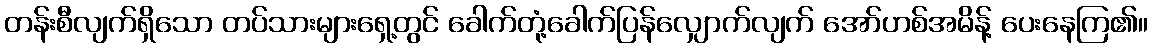
တန်းစီလျက်ရှိသော တပ်သားများရှေ့တွင် ခေါက်တုံ့ခေါက်ပြန်လျှောက်လျက် အော်ဟစ်အမိန့် ပေးနေကြ၏။